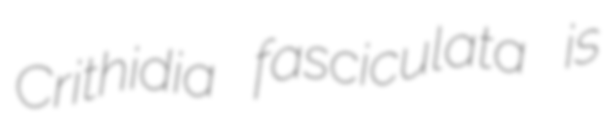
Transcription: Crithidia fasciculata is